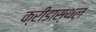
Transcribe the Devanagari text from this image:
क्रीडास्थल